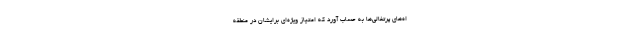
اه‌های پرتغالی‌ها به حساب آورد که امتیاز ویژه‌ای برایشان در منطقه